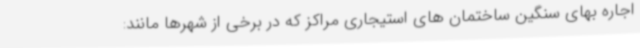
اجاره بهای سنگین ساختمان های استیجاری مراکز که در برخی از شهرها مانند: